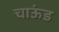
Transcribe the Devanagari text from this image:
चाऊंड